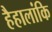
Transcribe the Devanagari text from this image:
हैहालांकि